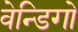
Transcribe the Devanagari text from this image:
वेन्डिगो